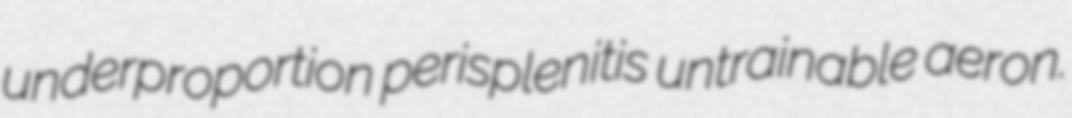
underproportion perisplenitis untrainable aeron.